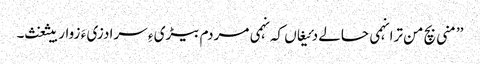
’’منی بچ من ترا نہمی حالے دئیغاں کہ نہمی مردم بیڑی ءِ سرا دزی ءَ زوار بیثغث۔